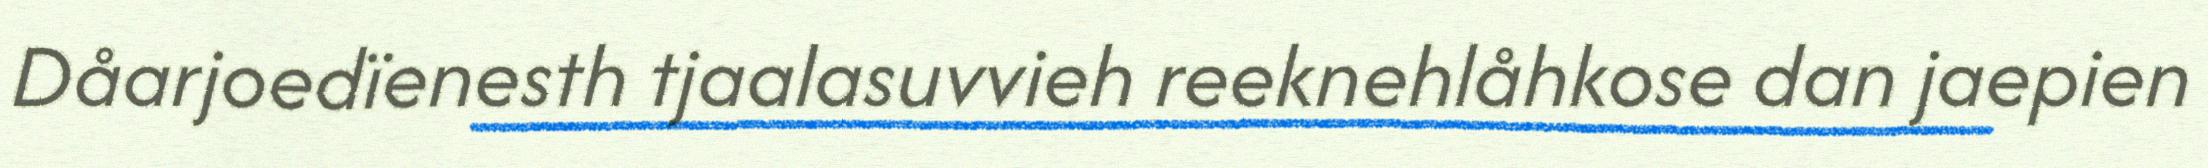
Dåarjoedïenesth tjaalasuvvieh reeknehlåhkose dan jaepien